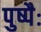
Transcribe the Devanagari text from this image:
पुष्पैः